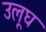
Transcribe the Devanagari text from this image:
उलूघ